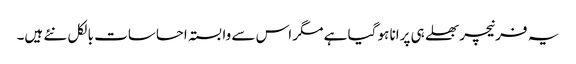
یہ فرنیچر بھلے ہی پرانا ہو گیا ہے مگر اس سے وابستہ احساسات بالکل نئے ہیں۔